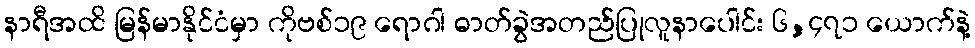
နာရီအထိ မြန်မာနိုင်ငံမှာ ကိုဗစ်၁၉ ရောဂါ ဓာတ်ခွဲအတည်ပြုလူနာပေါင်း ၆,၄၇၁ ယောက်နဲ့